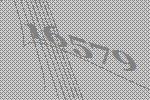
16579